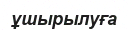
ұшырылуға